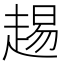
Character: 䞶